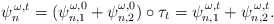
\begin{align*} \psi_n^{\,\omega,t}=(\psi_{n,1}^{\omega,0}+\psi_{n,2}^{\omega,0})\circ\tau_t=\psi_{n,1}^{\,\omega,t}+\psi_{n,2}^{\,\omega,t}. \end{align*}